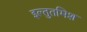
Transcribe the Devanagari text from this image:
इल्‍तुतमिश